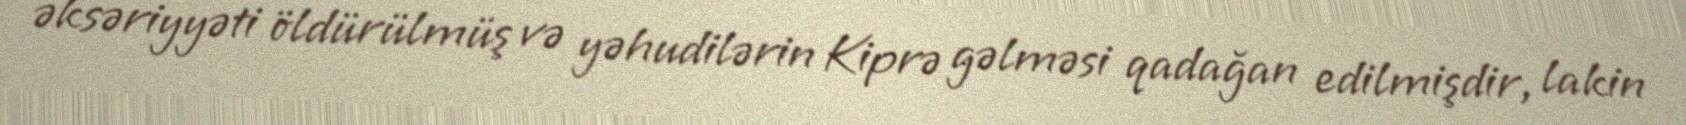
əksəriyyəti öldürülmüş və yəhudilərin Kiprə gəlməsi qadağan edilmişdir, lakin